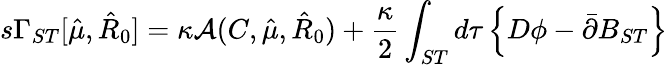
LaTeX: s\Gamma_{ST}[\hat{\mu},\hat{R}_{0}]=\kappa{\cal A}(C,\hat{\mu},\hat{R}_{0})+\frac{\kappa}{2}\int_{ST}d\tau\left\{ D\phi-\bar{\partial}B_{ST}\right\}